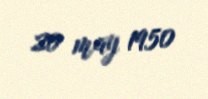
20 may 1950